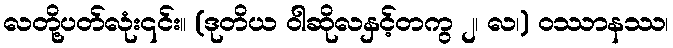
လတို့ပတ်လုံး၎င်း။ (ဒုတိယ ဝါဆိုလနှင့်တကွ ၂၊ လ၊) ဝဿာနဿ၊